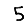
Digit: 5